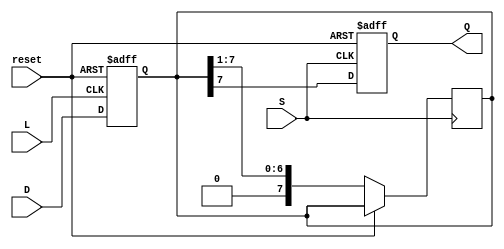
module async_piso_register #(
    parameter N = 8  // Number of bits in the register
)(
    input  wire [N-1:0] D,      // Parallel data input
    input  wire L,              // Load control signal
    input  wire S,              // Shift control signal
    input  wire reset,          // Asynchronous reset signal
    output reg Q                // Serial output
);

    reg [N-1:0] shift_reg;      // Shift register to hold the data

    always @(posedge L or posedge reset) begin
        if (reset) begin
            shift_reg <= 0;      // Clear the register on reset
        end else begin
            shift_reg <= D;      // Load parallel data into the register
        end
    end

    always @(posedge S or posedge reset) begin
        if (reset) begin
            Q <= 0;              // Clear output on reset
        end else begin
            Q <= shift_reg[N-1]; // Output the most significant bit
            shift_reg <= {1'b0, shift_reg[N-1:1]}; // Shift left
        end
    end

endmodule